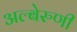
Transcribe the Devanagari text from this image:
अल्बेरुणी